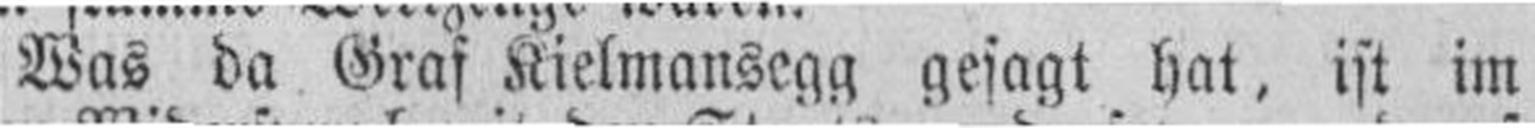
Was da Graf Kielmansegg gesagt hat, ist im